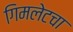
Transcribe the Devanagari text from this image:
गिमलेटचा